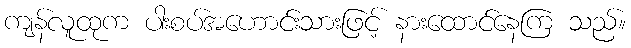
ကျန်လူထုက ပါးစပ်အဟောင်းသားဖြင့် နားထောင်နေကြ သည်။